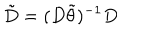
\tilde { D } = ( D \tilde { \theta } ) ^ { - 1 } D